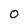
Character: 0